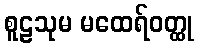
စူဠသုမ မထေရ်ဝတ္ထု